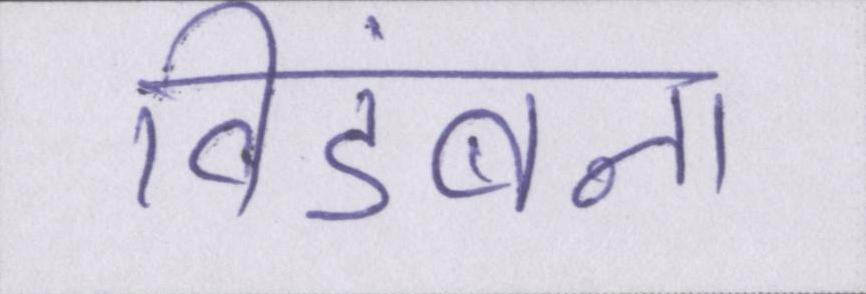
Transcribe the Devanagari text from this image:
विडंबना